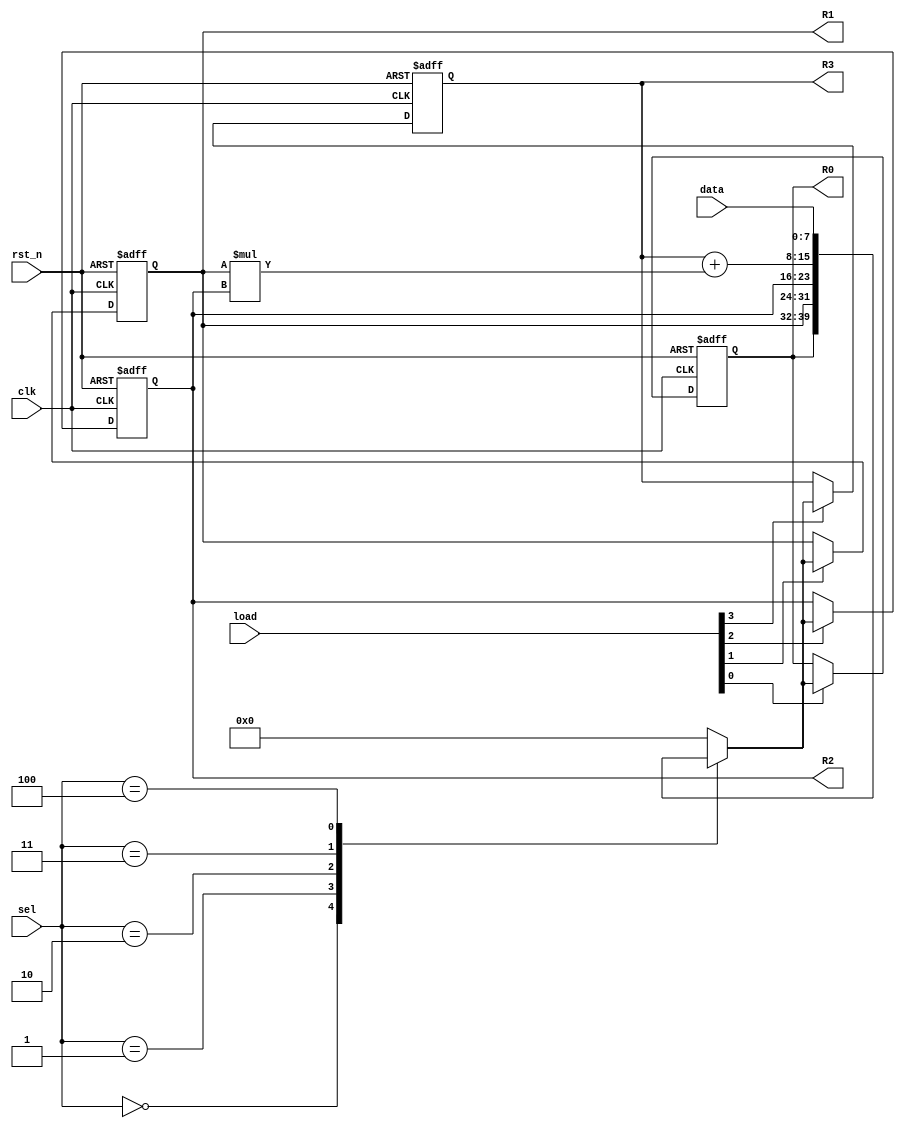
module hw02_b(
	input clk,
	input rst_n,
	input [7:0] data,
	input [3:0] sel,
	input [3:0] load,
	output reg [7:0] R0,R1,R2,R3
	);
	//reg [7:0] next_R0,next_R1,next_R2,next_R3;
	reg [7:0] temp;
	
	
	//A
	always@(posedge clk or negedge rst_n) begin
		if(~rst_n) begin
			R0 <= 8'd0;
		end
		else if(load[0] == 1'b1) begin
			R0 <= temp;
		end
		else begin
			R0 <= R0;
		end
	end
	
	always@(posedge clk or negedge rst_n) begin
		if(~rst_n) begin
			R1 <= 8'd0;
		end
		else if(load[1] == 1'b1) begin
			R1 <= temp;
		end
		else begin
			R1 <= R1;
		end
	end
	
	always@(posedge clk or negedge rst_n) begin
		if(~rst_n) begin
			R2 <= 8'd0;
		end
		else if(load[2] == 1'b1) begin
			R2 <= temp;
		end
		else begin
			R2 <= R2;
		end
	end	
	
	always@(posedge clk or negedge rst_n) begin
		if(~rst_n) begin
			R3 <= 8'd0;
		end
		else if(load[3] == 1'b1) begin
			R3 <= temp;
		end
		else begin
			R3 <= R3;
		end
	end
	
	always@* begin
		temp = 8'd0;
		case(sel)
		3'd0 : temp = R0;
		3'd1 : temp = R1;
		3'd2 : temp = R2;
		3'd3 : temp = R3 + R1 * R2;
		3'd4 : temp = data;
		endcase
	end

	
	

	
endmodule